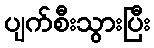
ပျက်စီးသွားပြီး